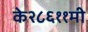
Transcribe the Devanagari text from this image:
के२८६११मी